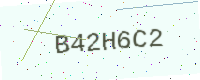
Text: B42H6C2